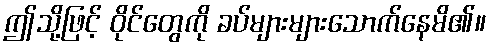
ဤသို့ဖြင့် ဝိုင်တွေကို ခပ်များများသောက်နေမိ၏။